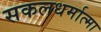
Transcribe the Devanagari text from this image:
सकलधर्मात्मा